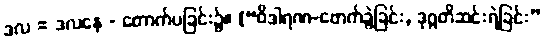
ဒလ = ဒလနေ - တောက်ပခြင်း၌။ [“ဝိဒါရဏ-ဖောက်ခွဲခြင်း, ဒုဂ္ဂတိဆင်းရဲခြင်း”